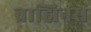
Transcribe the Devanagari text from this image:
ब्राह्मिनस